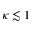
\kappa \lesssim 1